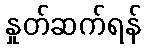
နှုတ်ဆက်ရန်